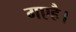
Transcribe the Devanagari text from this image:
गएहै।